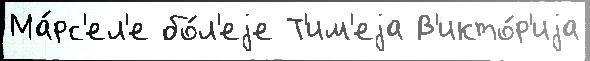
Ма́рс'ел'е бо́л'еjе Т'им'еjа В'икто́р'иjа